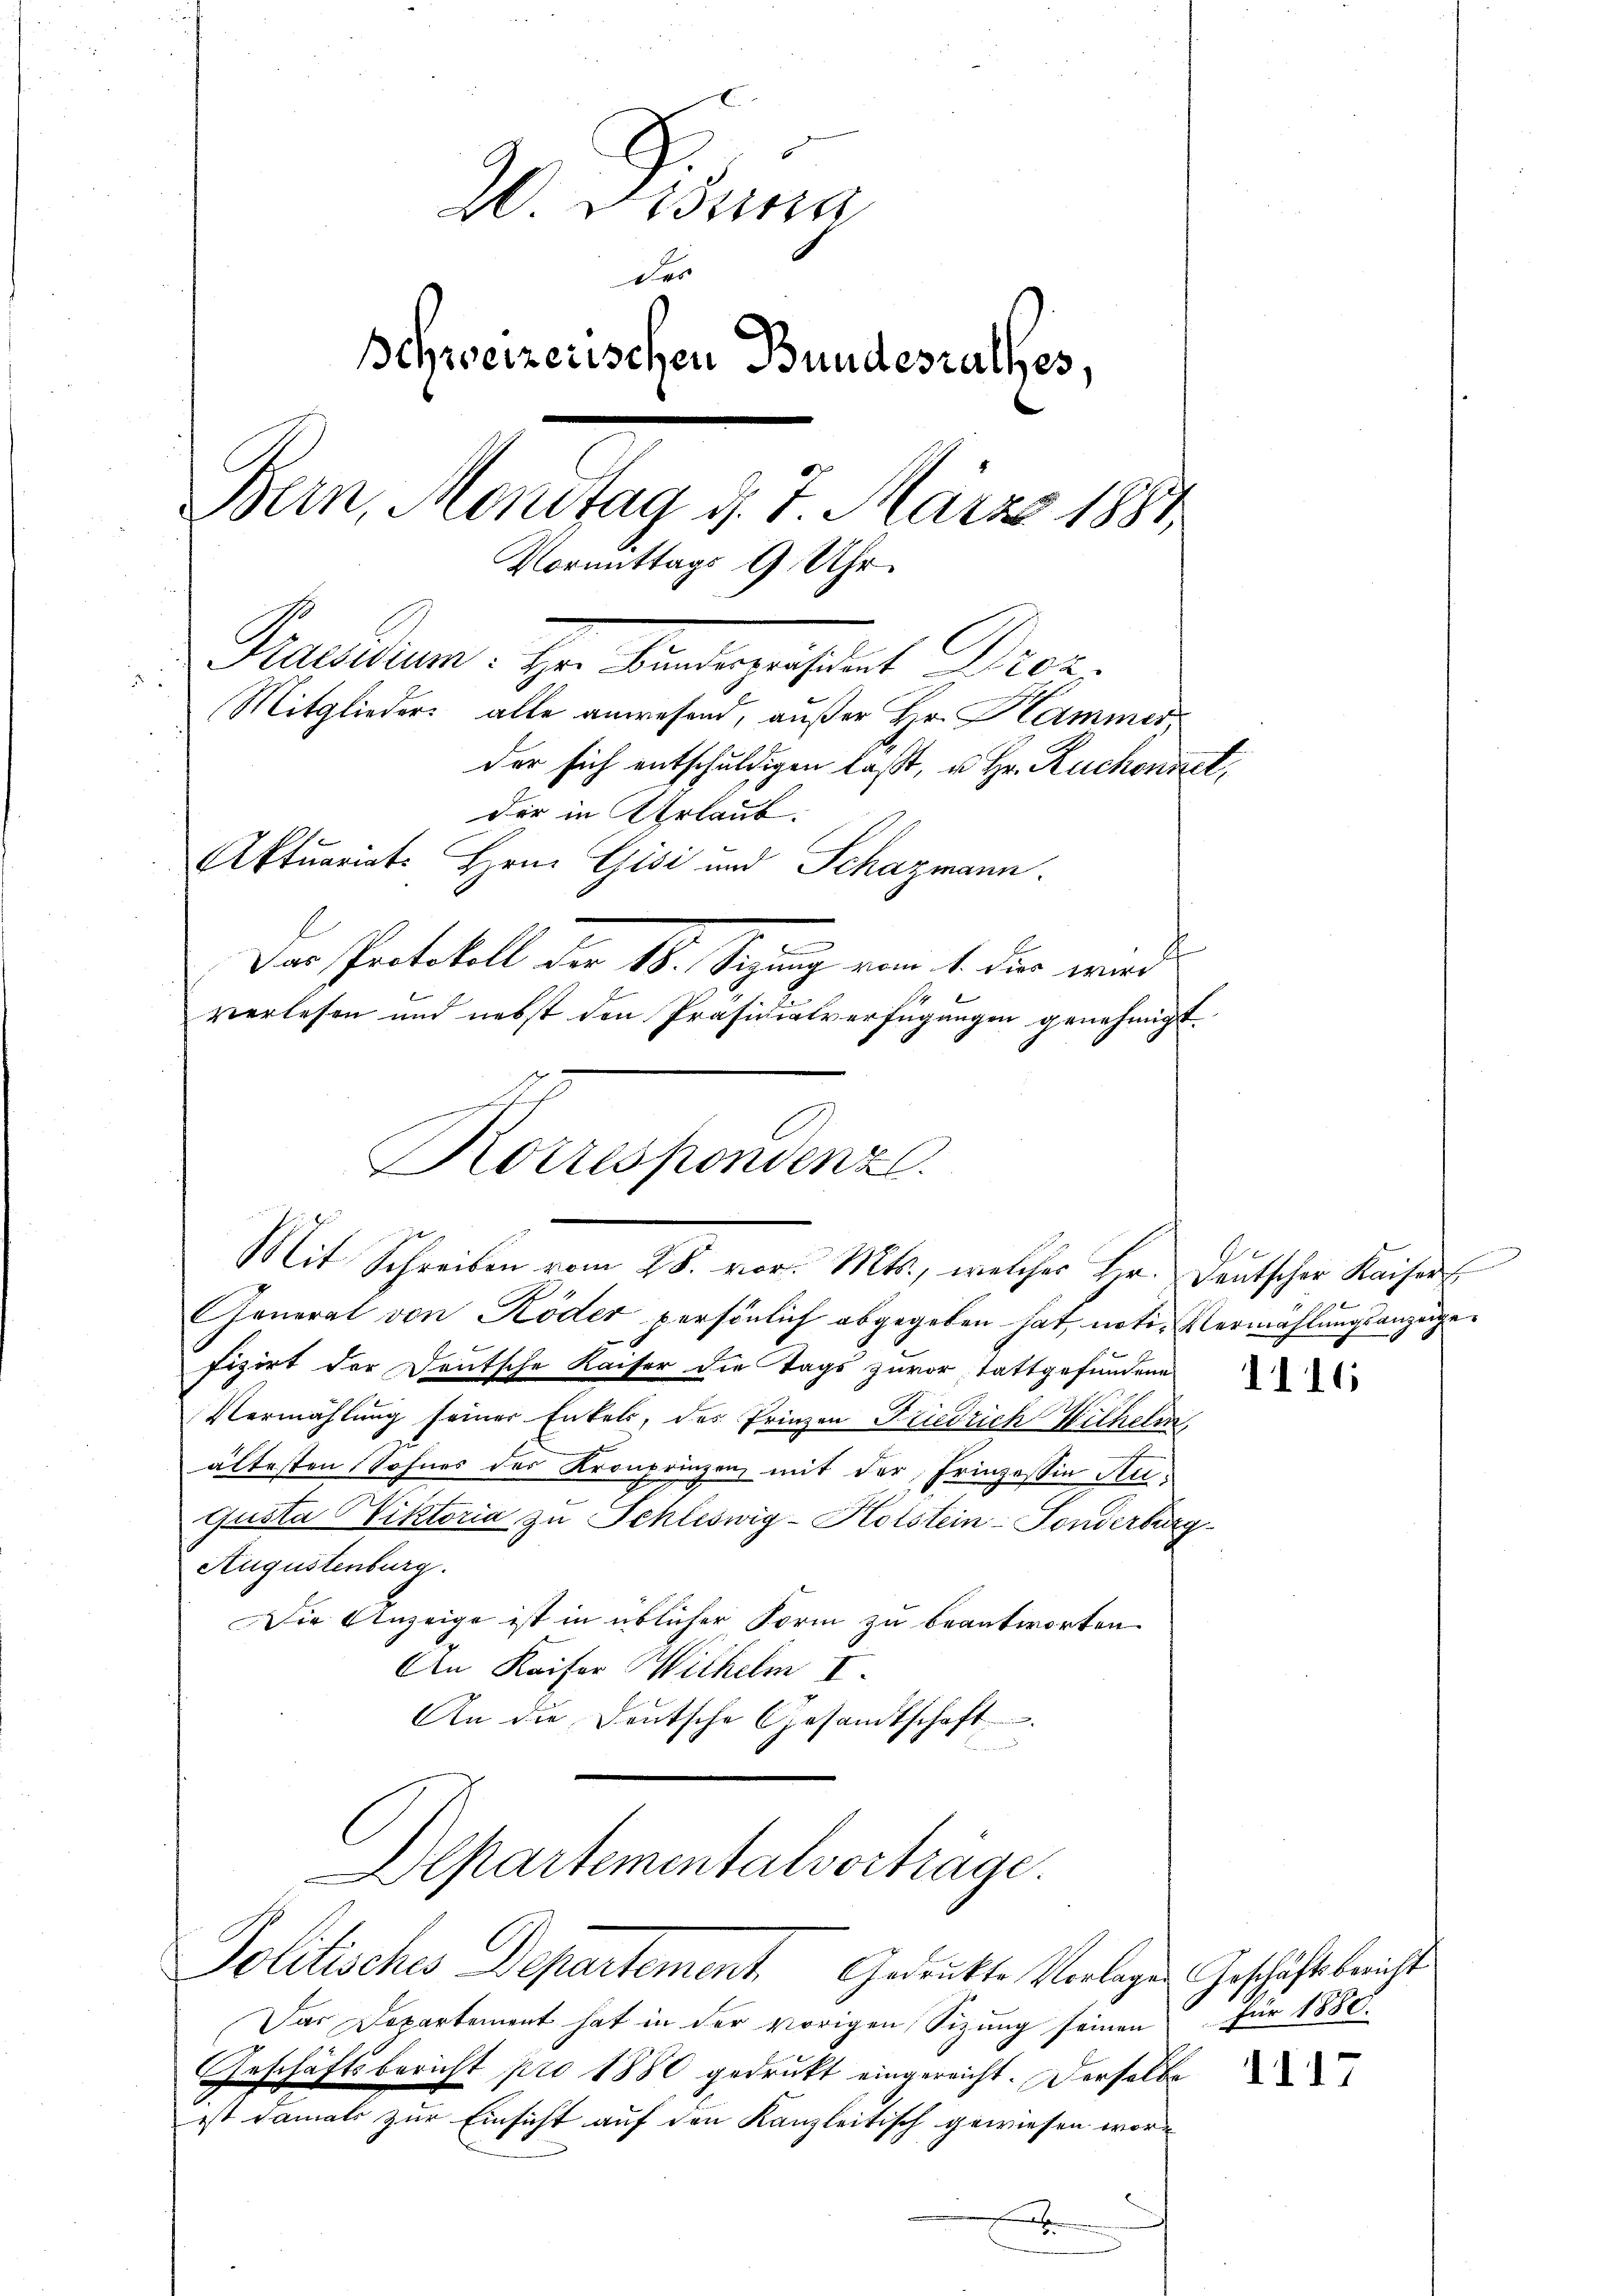
2 Drina
Des
schweizerischen Bundesrathes,
Bern, Mondtag d. 7. März 1884
Vormittags 9 Uhr.
Praesidium: Hr. Bunderpräsident Droz
5
Mitglieder alle anwesend, außer Hr. Hammer,
der sich entschuldigen laßt, u. Hr. Ruchendet,
der in Urlaub.
Aktuariats Hrn. Gisi und Schazmann.
.
Das Protokoll der 18. Sizung vom 1. dir wird
verlesen und nebst den Präsidialverfügungen genehmigt.

Korrespondenz.
Mit Schreiben vom 28. vor. Mts., welcher Hr. Deutscher Kaisers

GGeneral von Köder persönlich abgegeben hat, noti- Vermählungsanzeigefizirt der Deutsche Kaiser die Tags zuvor, stattgefundene
Vermählung seiner Enkels, des Prinzen Friedrich Hilhelm
ältesten Sohnes des Kronprinzen, mit der Prinzessin Au¬
Gusta Viktoria zu Schleswig-Holstein-Fonderburg
Augustenburg.
Die Anzeige ist in üblicher Form zu beantworten
An Kaiser Wilhelm I.
An die Deutsche Gesandtschaft
Departementalvorträge.
Politisches Departement. Gedankte Verlege Geschäftsbericht
Das Departement hat in der vorigen Sizung seinen für 1880
Geschäftsbericht pro 1880 gedruckt eingereicht. Derselbe
ist damals zur Einsicht auf den Kanzleitisch gewiesen wor¬
.

1116

1117